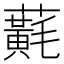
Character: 𧃂